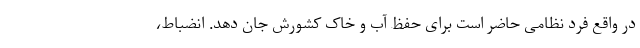
در واقع فرد نظامی حاضر است برای حفظ آب و خاک کشورش جان دهد. انضباط،